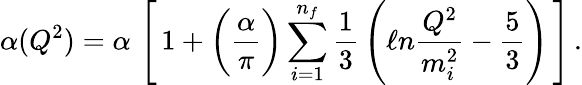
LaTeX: \alpha(Q^{2})=\alpha\, \left[\, 1+\bigg(\frac{\alpha}{\pi}\bigg)\sum_{i=1}^{n_{f}}\frac{1}{3}\, \left(\ell n\frac{Q^{2}}{m_{i}^{2}}-\frac{5}{3}\right)\, \right]\, .